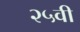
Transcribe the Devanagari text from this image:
२५वी